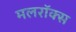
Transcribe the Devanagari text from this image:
मलरॉक्स